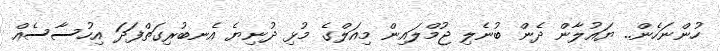
ހުންނަހެން.. ޔައުލާން ދެން ބުނެލި ޖުމްލައިން މިއަލްގެ މުޅި ދުނިޔެ އެނބުރިގަތްފަދަ އިހުސާސެއް